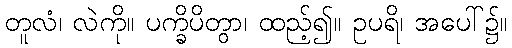
တူလံ၊ လဲကို။ ပက္ခိပိတွာ၊ ထည့်၍။ ဥပရိ၊ အပေါ်၌။